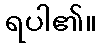
ရပါ၏။